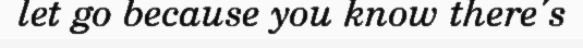
let go because you know there's